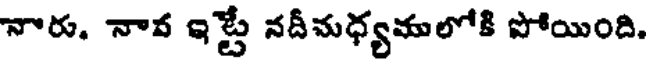
నారు. నావ ఇట్టే నదీమధ్యమలోకి పోయింది.